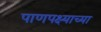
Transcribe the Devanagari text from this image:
पाणपक्ष्याच्या